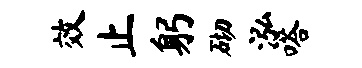
效止躬砌泓嗒